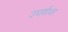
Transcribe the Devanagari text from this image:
उधर्वाधर